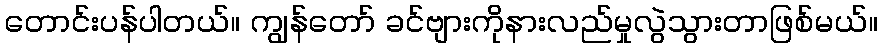
တောင်းပန်ပါတယ်။ ကျွန်တော် ခင်ဗျားကိုနားလည်မှုလွဲသွားတာဖြစ်မယ်။